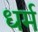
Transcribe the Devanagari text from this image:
ध्‍ार्म